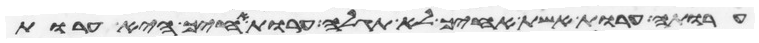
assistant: ערותה ערות אשת אחיך לא תגלה ערות אחיך היא ערות